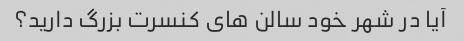
آیا در شهر خود سالن های کنسرت بزرگ دارید؟